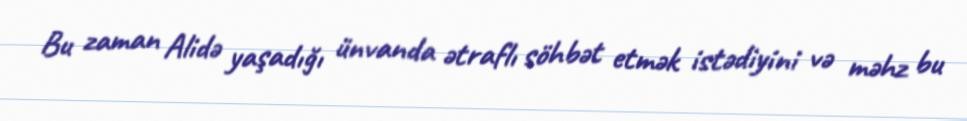
Bu zaman Alidə yaşadığı ünvanda ətraflı söhbət etmək istədiyini və məhz bu